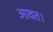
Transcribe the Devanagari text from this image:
आवत।